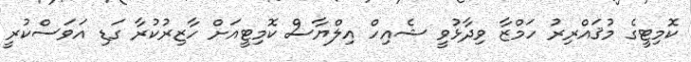
ކޮމިޓީގެ މުޤައްރިރު ހަމްޒާ ވިދާޅުވީ ޝެއިހް އިލްޔާސް ކޮމިޓީއަށް ހާޒިރުކުރާ ގަޑި އަވަސްކުރީ